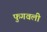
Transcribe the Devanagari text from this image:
फुगवली